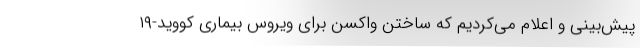
پیش‌بینی و اعلام می‌کردیم که ساختن واکسن برای ویروس بیماری کووید-۱۹